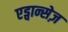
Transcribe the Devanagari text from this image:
एड्वान्सेज़